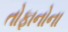
તોફાનોના